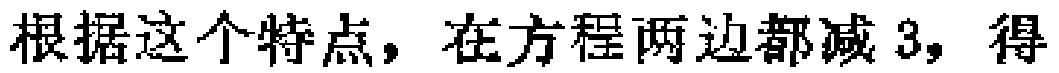
根据这个特点，在方程两边都减 3，得